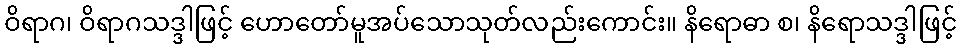
ဝိရာဂ၊ ဝိရာဂသဒ္ဒါဖြင့် ဟောတော်မူအပ်သောသုတ်လည်းကောင်း။ နိရောဓာ စ၊ နိရောသဒ္ဒါဖြင့်